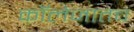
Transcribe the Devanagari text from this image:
कॉलेजातच